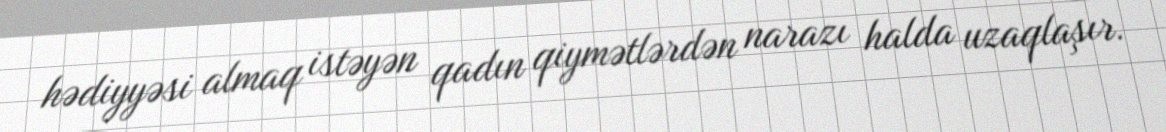
hədiyyəsi almaq istəyən qadın qiymətlərdən narazı halda uzaqlaşır.